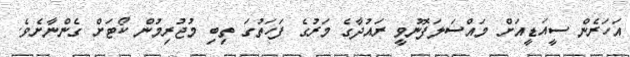
އަހަރެން ސީއަޑީއަށް މައްސަލަފޮނުވީ ރައުދާގެ މަރުގެ ފަހަތުގަ ތިބި މުޖުރިމުން ކޯޓަށް ގެންނާށެވެ.